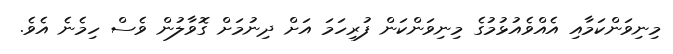
މިނިވަންކަމާއި އެއްވެއުޅުމުގެ މިނިވަންކަން ފުރިހަމަ އަށް ދިނުމަށް ގޮވާލުން ވެސް ހިމެނެ އެވެ.